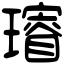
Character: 𤪓